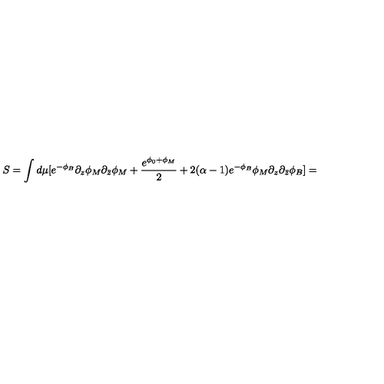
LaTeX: S = \int d \mu [ e ^ { - \phi _ { B } } \partial _ { z } \phi _ { M } \partial _ { \bar { z } } \phi _ { M } + \frac { e ^ { \phi _ { 0 } + \phi _ { M } } } { 2 } + 2 ( \alpha - 1 ) e ^ { - \phi _ { B } } \phi _ { M } \partial _ { z } \partial _ { \bar { z } } \phi _ { B } ] =